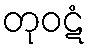
တုဝဋံ